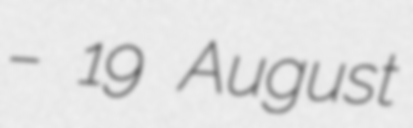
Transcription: – 19 August